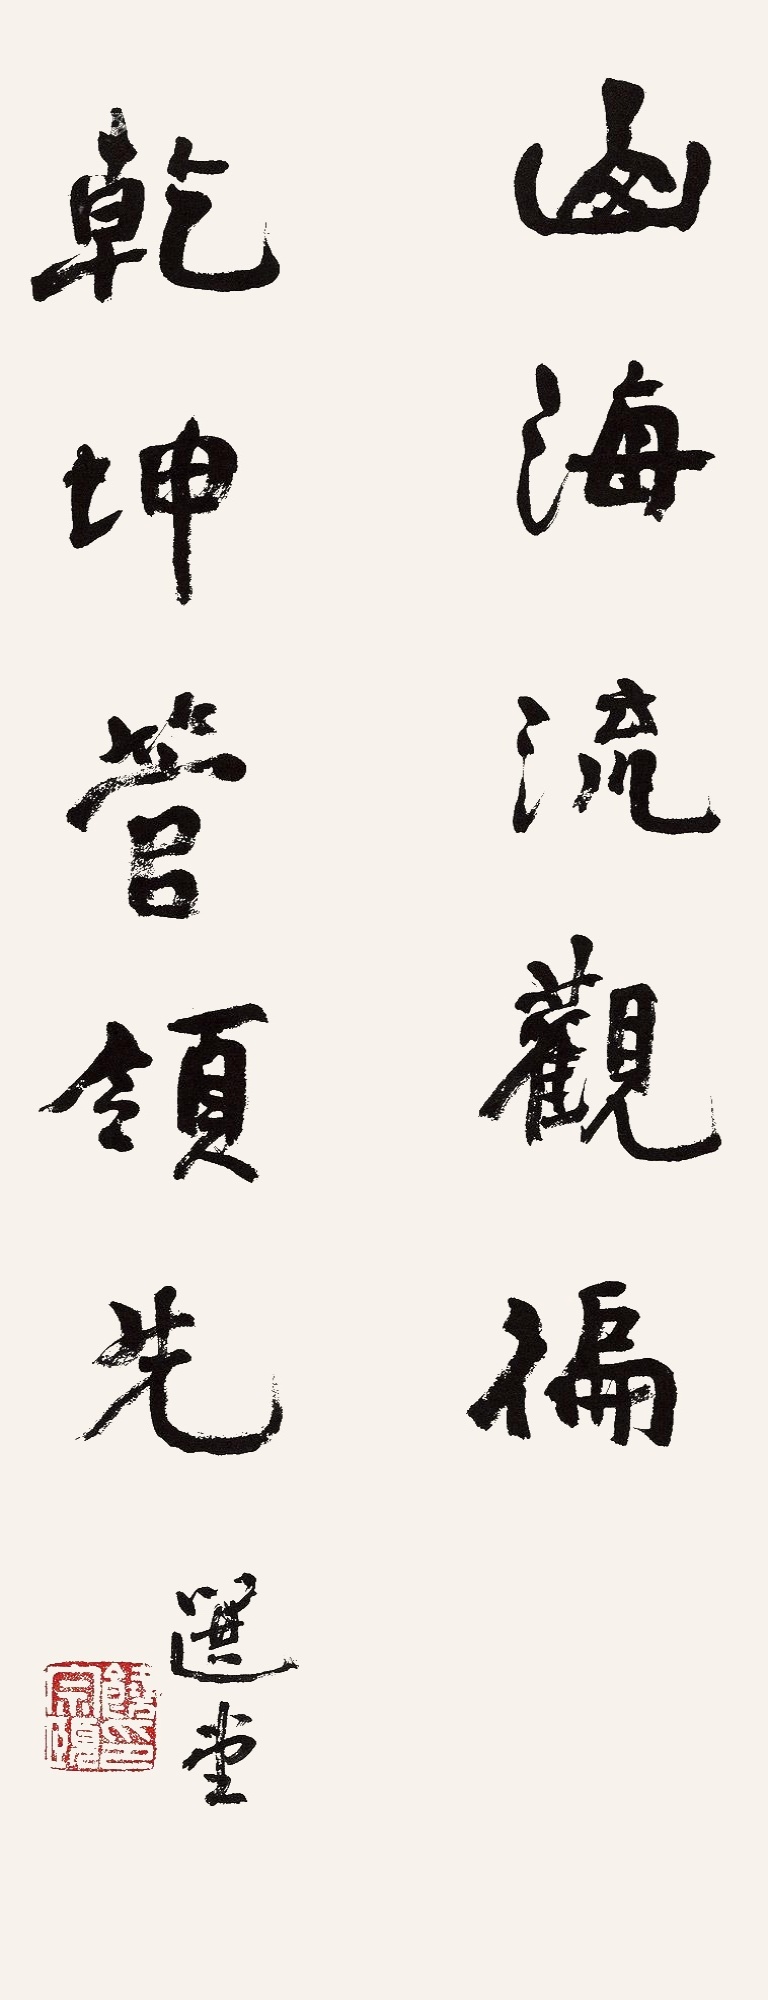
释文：山海流观遍，乾坤管领先。选堂。